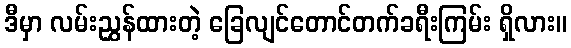
ဒီမှာ လမ်းညွှန်ထားတဲ့ ခြေလျင်တောင်တက်ခရီးကြမ်း ရှိလား။